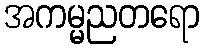
အကမ္မညတရော